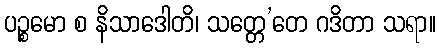
ပဉ္စမော စ နိသာဒေါတိ၊ သတ္တေ’တေ ဂဒိတာ သရာ။